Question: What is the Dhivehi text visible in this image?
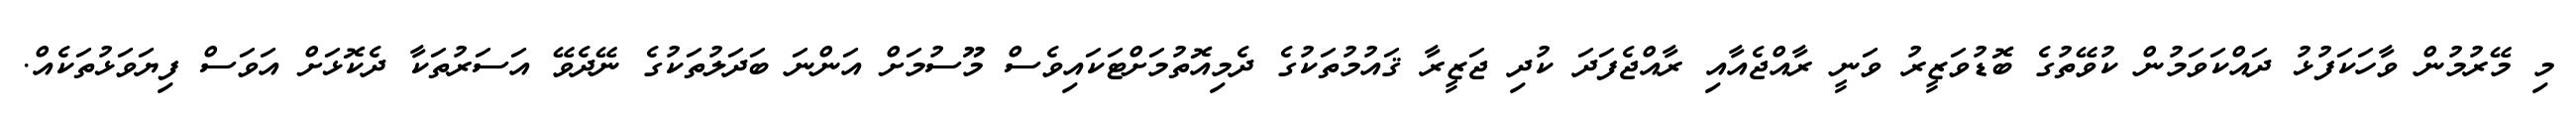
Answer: މި މޭރުމުން ވާހަކަފުޅު ދައްކަވަމުން ކުވޭތުގެ ބޮޑުވަޒީރު ވަނީ ރާއްޖެއާއި ރާއްޖެފަދަ ކުދި ޖަޒީރާ ޤައުމުތަކުގެ ދެމިއޮތުމަށްޓަކައިވެސް މޫސުމަށް އަންނަ ބަދަލުތަކުގެ ނޭދެވޭ އަސަރުތަކާ ދެކޮޅަށް އަވަސް ފިޔަވަޅުތަކެއް.